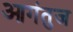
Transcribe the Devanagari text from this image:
आगंतुज